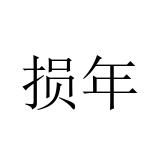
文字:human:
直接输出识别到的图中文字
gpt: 损年